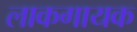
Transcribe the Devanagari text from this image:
लाकगायक